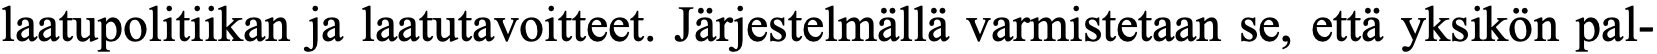
laatupolitiikan ja laatutavoitteet. Järjestelmällä varmistetaan se, että yksikön pal-